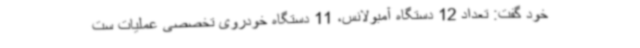
خود گفت: تعداد 12 دستگاه آمبولانس، 11 دستگاه خودروی تخصصی عملیات ست